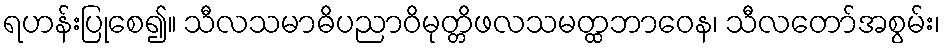
ရဟန်းပြုစေ၍။ သီလသမာဓိပညာဝိမုတ္တိဖလသမတ္ထဘာဝေန၊ သီလတော်အစွမ်း၊